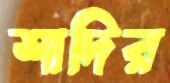
শাদির